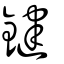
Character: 鍵